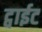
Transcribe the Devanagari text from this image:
ट्वाईट